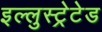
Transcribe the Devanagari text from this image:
इल्लुस्ट्रेटेड